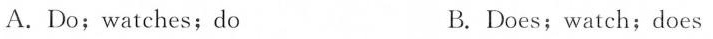
A. Do; watches; do B. Does; watch; does